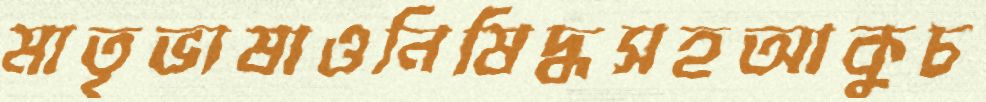
মাতৃভাষাওনিষিদ্ধসহআকুচ